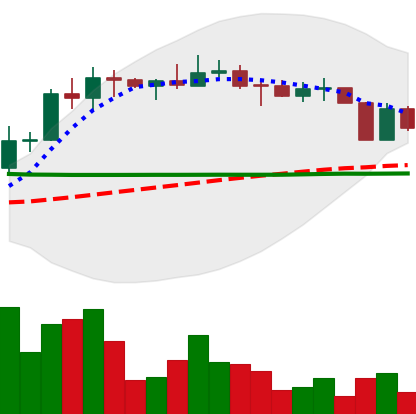
Ticker: ETC-USD
Chart end date: 2022-04-08
Forward return: -4.688%
Label: down_3_5